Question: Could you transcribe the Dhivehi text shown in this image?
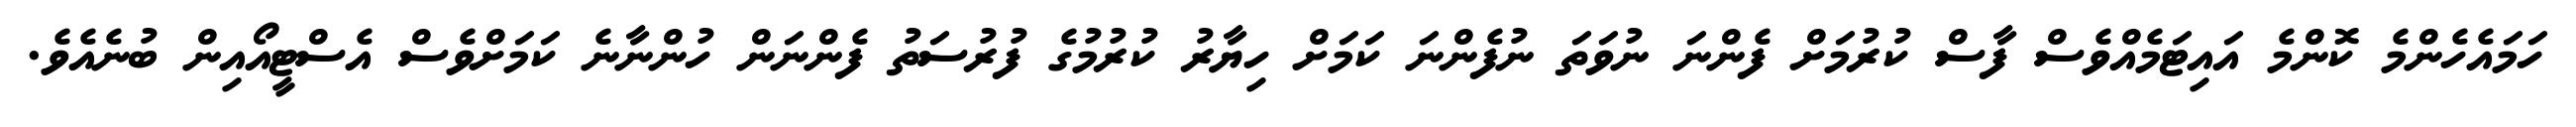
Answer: ހަމައެހެންމެ ކޮންމެ އައިޓަމެއްވެސް ފާސް ކުރުމަށް ފެންނަ ނުވަތަ ނުފެންނަ ކަމަށް ހިޔާރު ކުރުމުގެ ފުރުސަތު ފެންނަން ހުންނާނެ ކަމަށްވެސް އެސްޓީއޯއިން ބުނެއެވެ.